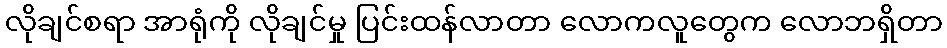
လိုချင်စရာ အာရုံကို လိုချင်မှု ပြင်းထန်လာတာ လောကလူတွေက လောဘရှိတာ